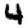
Digit: 4